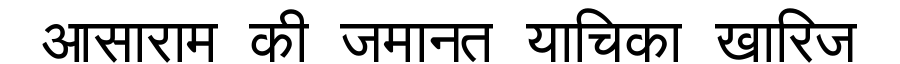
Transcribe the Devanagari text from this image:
आसाराम की जमानत याचिका खारिज